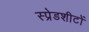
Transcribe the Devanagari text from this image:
स्प्रेडशीटों